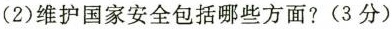
(2)维护国家安全包括哪些方面?(3分)